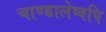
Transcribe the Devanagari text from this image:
चाण्डालेष्वपि